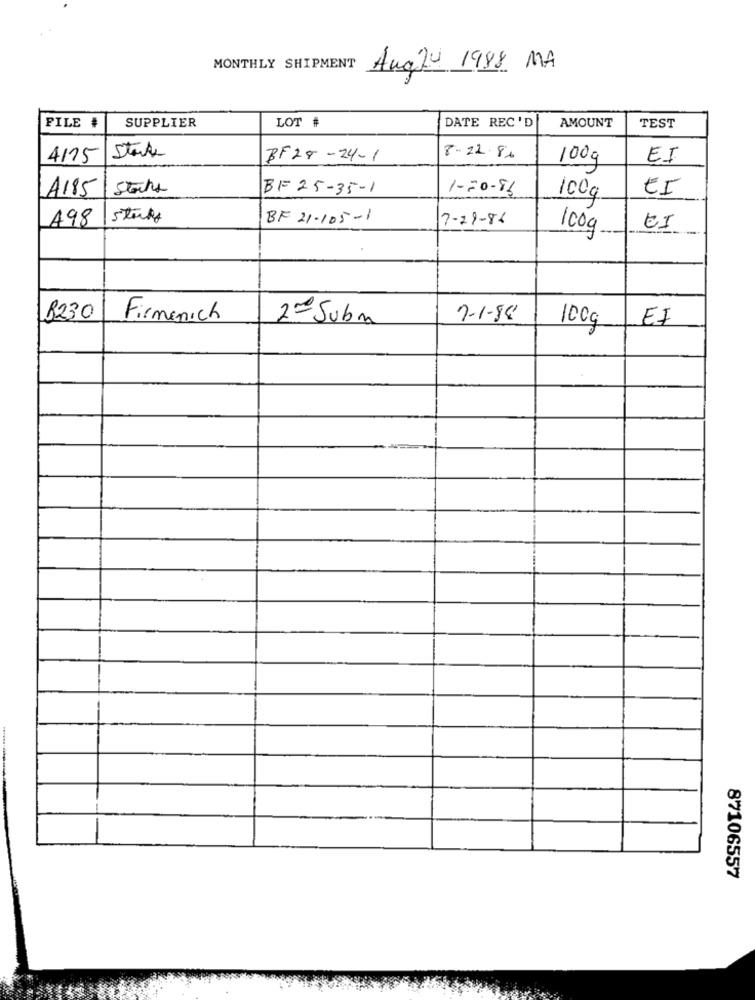
MONTHLY SHIPMENT
Aug2- 1988 MA
FILE #
SUPPLIER
LOT #
DATE REC'D
AMOUNT
TEST
4175
State
BF28-24-1
8-12.86
100g
EI
A185
Stats
BF 25-35-1
1-20-86
EI
100g
A98
stuff
BF 21-105-1
7-29-86
100g
8230
Firmenich
2- Subn
7-1-88
100g
EI
87106557